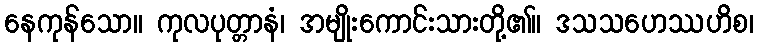
နေကုန်သော။ ကုလပုတ္တာနံ၊ အမျိုးကောင်းသားတို့၏။ ဒသသဟေဿဟိစ၊